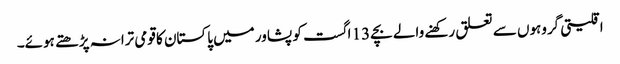
اقلیتی گروہوں سے تعلق رکھنے والے بچے 13 اگست کو پشاور میں پاکستان کا قومی ترانہ پڑھتے ہوئے۔